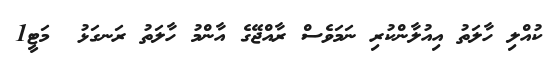
ކުއްލި ހާލަތު އިއުލާންކުރި ނަމަވެސް ރާއްޖޭގެ އާންމު ހާލަތު ރަނގަޅު  މަޓީ1